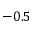
- 0 . 5